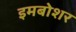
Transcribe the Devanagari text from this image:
इमबोशर